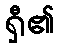
ရှီ၏